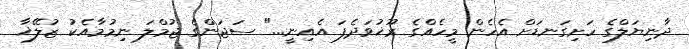
ދާނިޔަލްގެ ހަށިގަނޑަށް އެހެން މީހެއްގެ ރޫޚުވަދެފަ އެއިނީ..." ސަޖަންގެ ޖުމްލަ ނިމުމާއެކު ޒުލޭޚާ